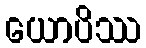
ယောပိဿ